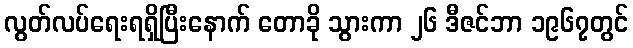
လွတ်လပ်ရေးရရှိပြီးနောက် တောခို သွားကာ ၂၆ ဒီဇင်ဘာ ၁၉၆၇တွင်